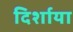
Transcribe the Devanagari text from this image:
दिर्शाया